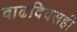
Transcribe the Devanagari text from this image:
वाढदिवसही